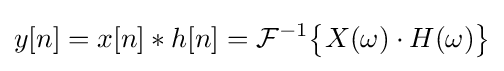
y[n]=x[n]*h[n]={\mathcal {F}}^{-1}{\big \{}X(\omega )\cdot H(\omega ){\big \}}